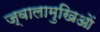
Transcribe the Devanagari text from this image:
ज्वालामुखिओं